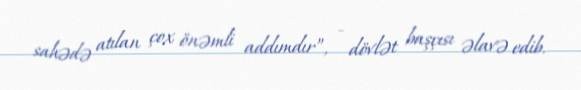
sahədə atılan çox önəmli addımdır”, - dövlət başçısı əlavə edib.